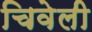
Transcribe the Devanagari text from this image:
चिवेली